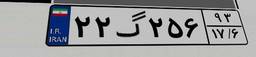
۲۲گ۲۵۶۹۳